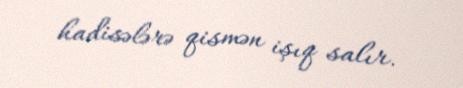
hadisələrə qismən işıq salır.